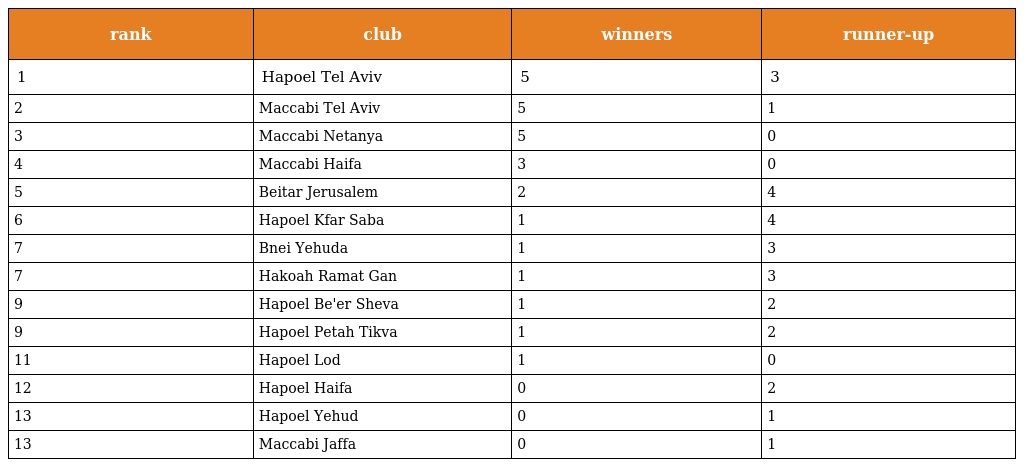
| rank | club | winners | runner-up |
 | --- | --- | --- | --- |
 | 1 | Hapoel Tel Aviv | 5 | 3 |
 | 2 | Maccabi Tel Aviv | 5 | 1 |
 | 3 | Maccabi Netanya | 5 | 0 |
 | 4 | Maccabi Haifa | 3 | 0 |
 | 5 | Beitar Jerusalem | 2 | 4 |
 | 6 | Hapoel Kfar Saba | 1 | 4 |
 | 7 | Bnei Yehuda | 1 | 3 |
 | 7 | Hakoah Ramat Gan | 1 | 3 |
 | 9 | Hapoel Be'er Sheva | 1 | 2 |
 | 9 | Hapoel Petah Tikva | 1 | 2 |
 | 11 | Hapoel Lod | 1 | 0 |
 | 12 | Hapoel Haifa | 0 | 2 |
 | 13 | Hapoel Yehud | 0 | 1 |
 | 13 | Maccabi Jaffa | 0 | 1 |